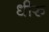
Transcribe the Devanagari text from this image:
धीरु